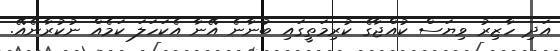
އަދި ހާޒިރު ވިޔަސް ކުއްޖާގެ ކުރިމަތީގައި ބުނާނެ އޭނާ އެކަހަލަ ކަމެއް ނުކުރާނެއޭ.